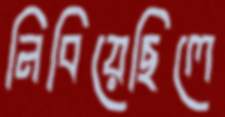
নিবিয়েছিলে